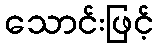
သောင်းဖြင့်